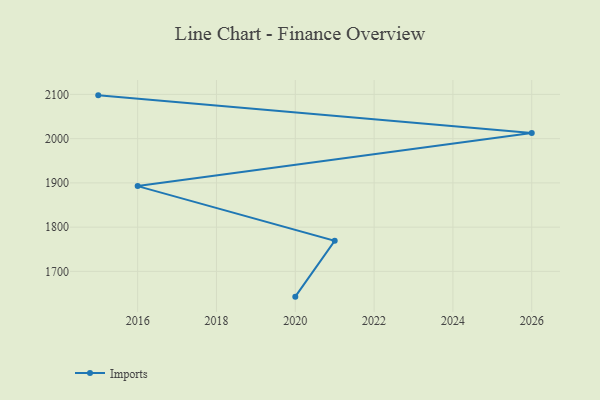
{"axis": {"x": "Year", "y": "Gross Profit (USD K)"}, "legend": ["Imports"], "data": [{"x": "2015", "y": 2097.9, "type": "Imports"}, {"x": "2026", "y": 2012.8, "type": "Imports"}, {"x": "2016", "y": 1892.8, "type": "Imports"}, {"x": "2021", "y": 1769.3, "type": "Imports"}, {"x": "2020", "y": 1642.9, "type": "Imports"}]}